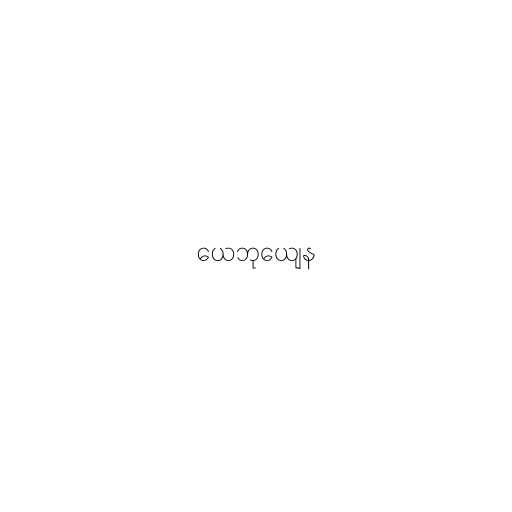
ယေဘုယျေန